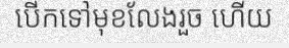
បើកទៅមុខលែងរួច ហើយ